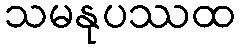
သမနုပဿထ